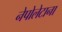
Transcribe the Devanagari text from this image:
नेपोलेटाना